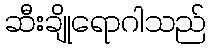
ဆီးချိုရောဂါသည်